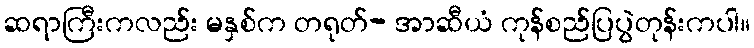
ဆရာကြီးကလည်း မနှစ်က တရုတ်- အာဆီယံ ကုန်စည်ပြပွဲတုန်းကပါ။